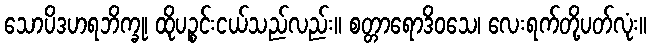
သောပိဒဟရဘိက္ခု၊ ထိုပဉ္စင်းငယ်သည်လည်း။ စတ္တာရောဒိဝသေ၊ လေးရက်တို့ပတ်လုံး။